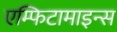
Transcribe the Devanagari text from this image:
एम्फिटामाइन्स